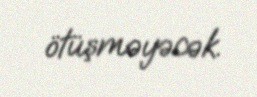
ötüşməyəcək.